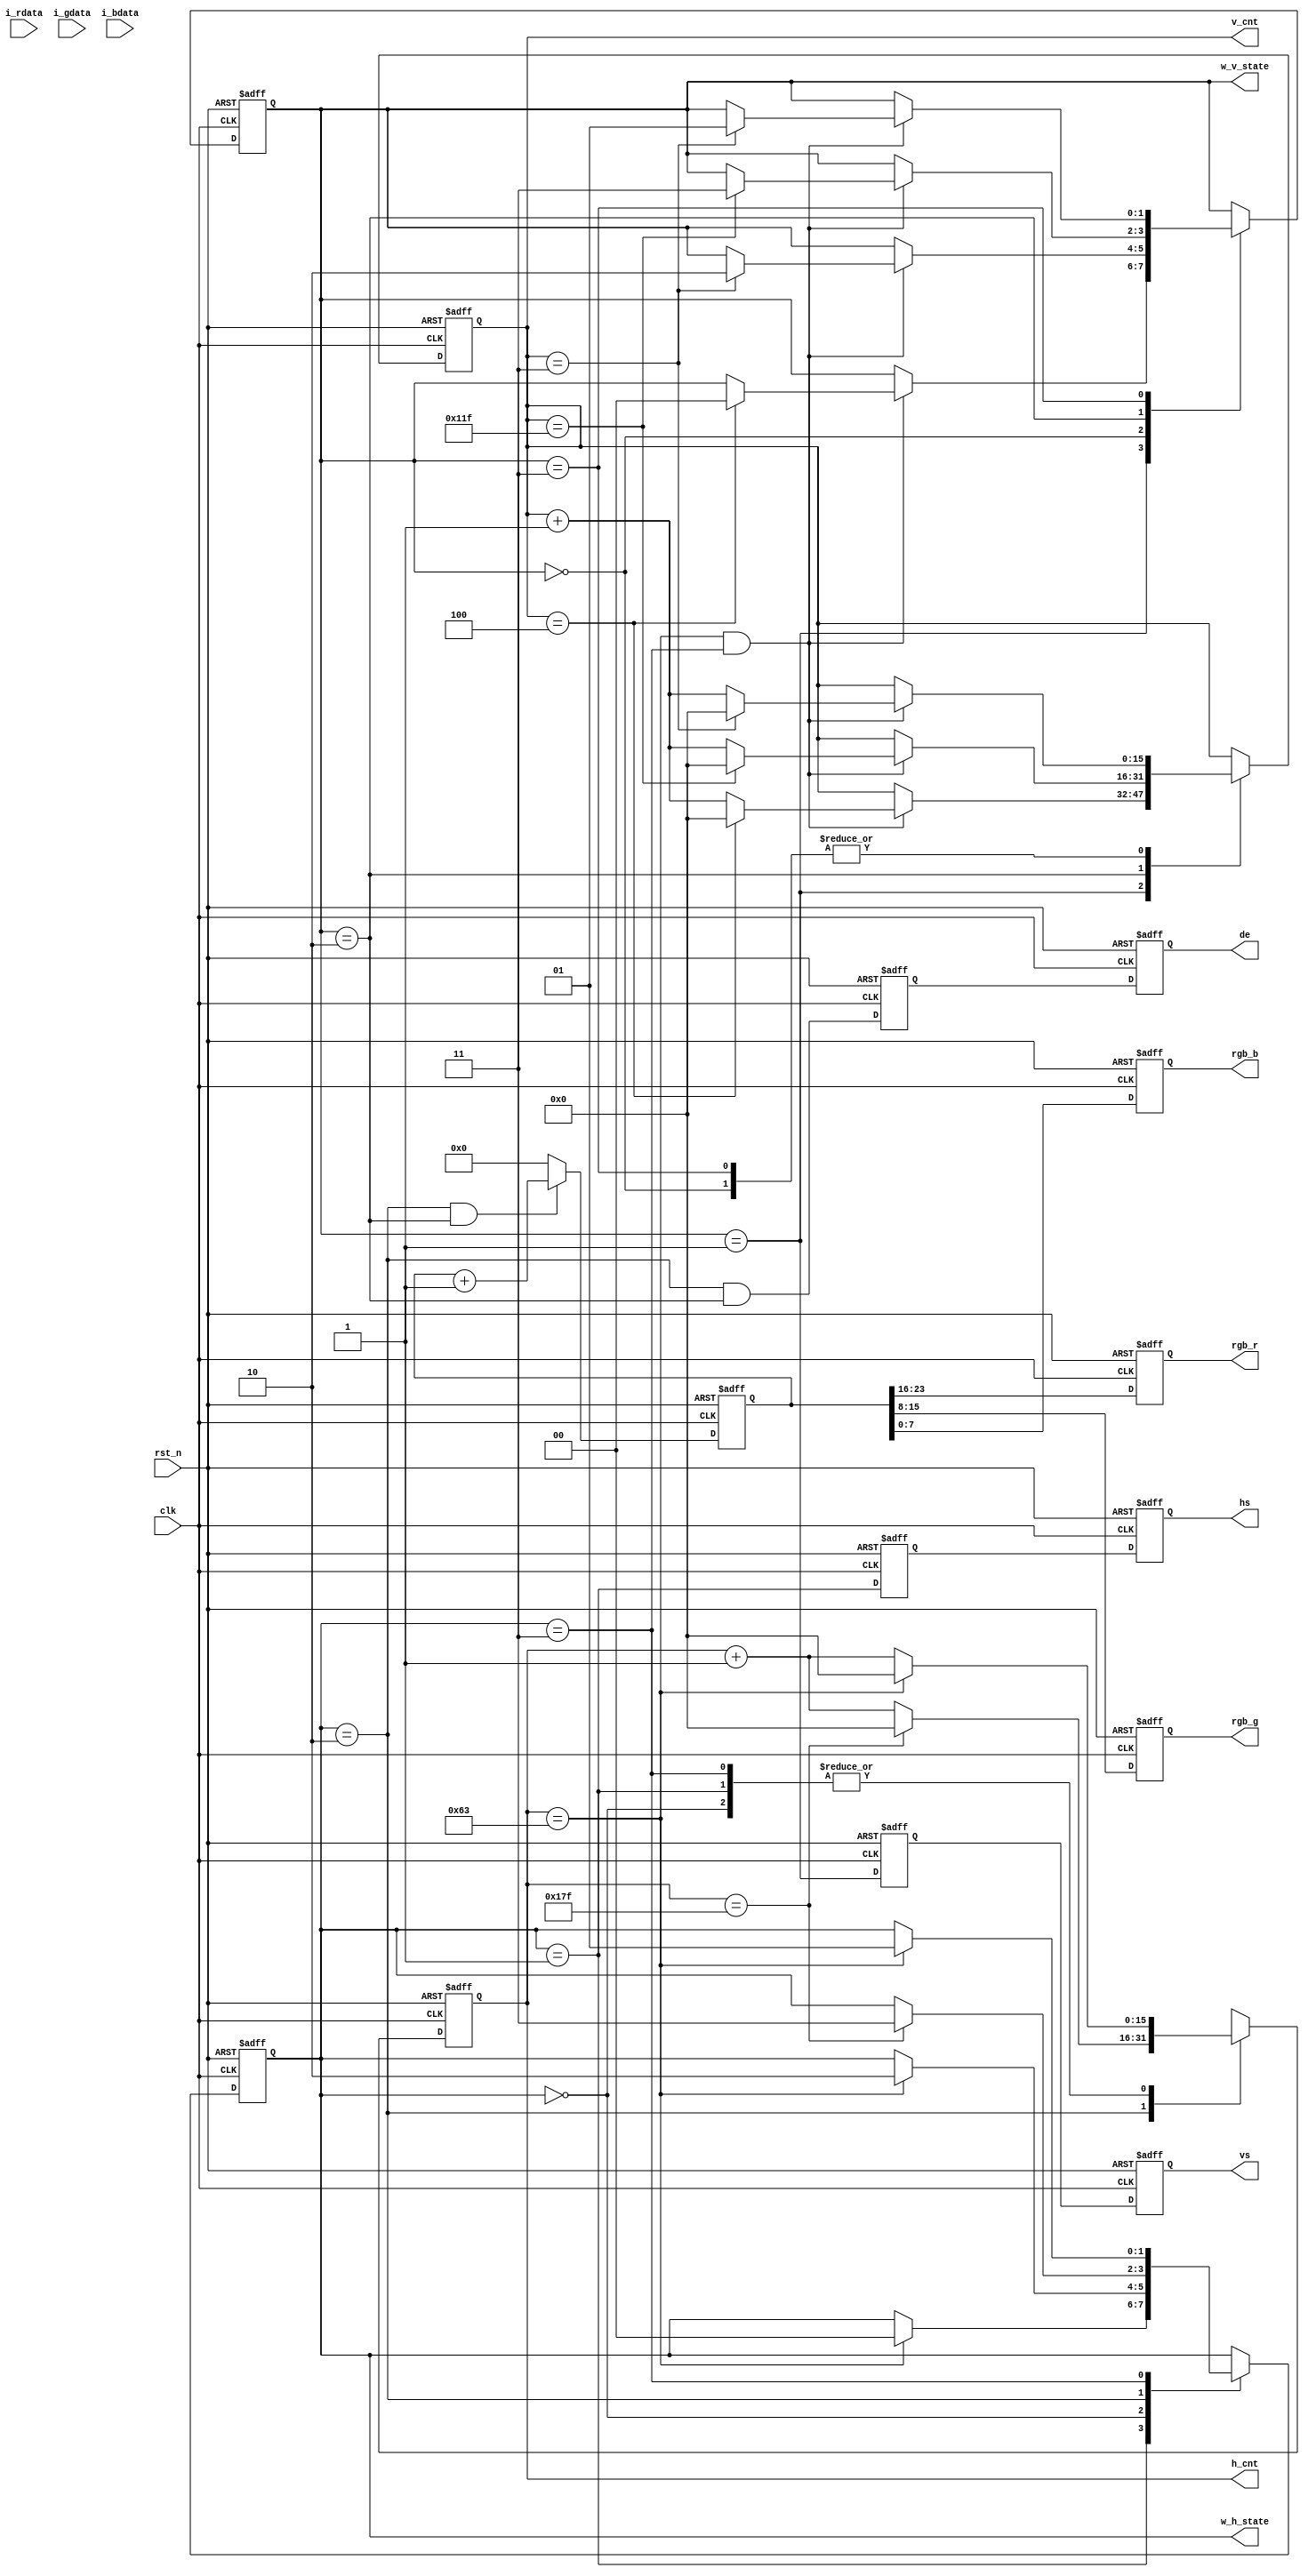

	module color_bar_rgb #(
			parameter HS_POLORY =1'b1,
			parameter VS_POLORY = 1'b1,
			parameter NUM_OF_PIXERS_PER_CLOCK = 2'b01,
			parameter H_FRONT_PORCH 	= 13'd100,
			parameter H_SYNC 			= 13'd100,
			parameter H_VALID 			= 13'd384,
			parameter H_BACK_PORCH 		= 13'd100,
			parameter V_FRONT_PORCH 	= 13'd4,
			parameter V_SYNC 			= 13'd5,
			parameter V_VALID 			= 13'd288,
			parameter V_BACK_PORCH 		= 13'd4,
			parameter TEST_MODE 		= 2'd0
	)(
	input		wire			clk,
	input 		wire 			rst_n,
	//`ifdef TEST_MODE == 2'b11
	input  wire [7:0]           i_rdata,
	input  wire [7:0] 			i_gdata,
	input  wire [7:0] 			i_bdata,
	//`endif
	output 	reg	[15:0] h_cnt = 0,
	output  reg	[15:0] v_cnt = 0,
	output	reg					hs = 0,
	output	reg					vs  = 0,
	output	reg					de = 1'b0,
	output wire [1:0]     		w_h_state,
	output wire [1:0] 			w_v_state,
	output	reg [7:0] 			rgb_r = 8'd0,    //
	output	reg [7:0] 			rgb_g = 8'd0,    //
	output 	reg [7:0] 			rgb_b = 8'd0     //
	
	);


//=========================================================
//
//=========================================================
	localparam WHITE_R 		= 8'hff;
	localparam WHITE_G 		= 8'hff;
	localparam WHITE_B 		= 8'hff;
	localparam YELLOW_R 	= 8'hff;
	localparam YELLOW_G 	= 8'hff;
	localparam YELLOW_B 	= 8'h00;                              	
	localparam CYAN_R 		= 8'h00;
	localparam CYAN_G 		= 8'hff;
	localparam CYAN_B 		= 8'hff;                             	
	localparam GREEN_R 		= 8'h00;
	localparam GREEN_G 		= 8'hff;
	localparam GREEN_B 		= 8'h00;
	localparam MAGENTA_R 	= 8'hff;
	localparam MAGENTA_G 	= 8'h00;
	localparam MAGENTA_B 	= 8'hff;
	localparam RED_R 		= 8'hff;
	localparam RED_G 		= 8'h00;
	localparam RED_B 		= 8'h00;
	localparam BLUE_R 		= 8'h00;
	localparam BLUE_G 		= 8'h00;
	localparam BLUE_B 		= 8'hff;
	localparam BLACK_R 		= 8'h00;
	localparam BLACK_G 		= 8'h00;
	localparam BLACK_B 		= 8'h00;
	
	
	localparam S_H_BACK_PORCH 	= 2'd0;
	localparam S_H_SYNC 		= 2'd1;
	localparam S_H_VALID 		= 2'd2;
	localparam S_H_FRONT_PORCH 	= 2'd3;
	localparam S_V_BACK_PORCH 	= 2'd0;
	localparam S_V_SYNC 		= 2'd1;
	localparam S_V_VALID 		= 2'd2;
	localparam S_V_FRONT_PORCH 	= 2'd3;
	
	reg	[1:0] 	h_state = S_H_SYNC;
	reg	[1:0] 	v_state = S_H_SYNC;
	reg	hs_r1 = 1'b0;
	reg vs_r1 = 1'b0;
	reg	de_r1 = 1'b0;

	assign w_h_state = h_state	;
	assign w_v_state = v_state	;

	always @( posedge clk or negedge rst_n )
	begin
		if( ~rst_n ) begin 
			h_state <= S_H_SYNC;
			h_cnt <= 0;
		end else begin 
			case(h_state )
			S_H_SYNC : begin
					if( h_cnt == H_SYNC - 1) begin
							h_cnt <= 0;
							h_state <= S_H_BACK_PORCH;
					end else 
							h_cnt <= h_cnt + 1'b1;
			end
			S_H_BACK_PORCH : begin

					if( h_cnt == H_BACK_PORCH - 1) begin
							h_cnt <= 0;
							h_state <= S_H_VALID;
					end else 
							h_cnt <= h_cnt + 1'b1;
			end

			S_H_VALID : begin
					if( h_cnt == H_VALID - 1) begin
							h_cnt <= 0;
							h_state <= S_H_FRONT_PORCH;
					end else 
							h_cnt <= h_cnt + 1'b1;
			end
			S_H_FRONT_PORCH : begin
					if( h_cnt == H_FRONT_PORCH - 1) begin
							h_cnt <= 0;
							h_state <= S_H_SYNC;
					end else 
							h_cnt <= h_cnt + 1'b1;
			end
			default: begin
					h_state <= S_H_SYNC;
					h_cnt <= 0;
			end
			endcase
		end 
	end
	
	always @( posedge clk or negedge rst_n  )
	begin
		if( ~rst_n ) begin 
			v_state <= S_V_SYNC;
			v_cnt <= 0;
		end else begin 
			case(v_state )

			S_V_SYNC : begin
					if( h_cnt == H_FRONT_PORCH - 1 && h_state == S_H_FRONT_PORCH ) begin
						if( v_cnt == V_SYNC - 1 ) begin 
							v_cnt <= 0;
							v_state <= S_V_BACK_PORCH;
						end else 
							v_cnt <= v_cnt + 1'b1;
					end
			end
			S_V_BACK_PORCH : begin
					if( h_cnt == H_FRONT_PORCH - 1 && h_state == S_H_FRONT_PORCH ) begin
						if( v_cnt == V_BACK_PORCH - 1 ) begin 
							v_cnt <= 0;
							v_state <= S_V_VALID;
						end else 
							v_cnt <= v_cnt + 1'b1;
					end
			end
			S_V_VALID : begin
					if( h_cnt == H_FRONT_PORCH - 1 && h_state == S_H_FRONT_PORCH ) begin
						if( v_cnt == V_VALID - 1 ) begin 
							v_cnt <= 0;
							v_state <= S_V_FRONT_PORCH;
						end else 
							v_cnt <= v_cnt + 1'b1;
					end
			end
			S_V_FRONT_PORCH : begin
					if( h_cnt == H_FRONT_PORCH - 1 && h_state == S_H_FRONT_PORCH ) begin
						if( v_cnt == V_FRONT_PORCH - 1 ) begin 
							v_cnt <= 0;
							v_state <= S_V_SYNC;
						end else 
							v_cnt <= v_cnt + 1'b1;
					end
			end
			default: begin
					v_state <= S_V_SYNC;
					v_cnt <= 0;
			end
			endcase
		end 
	end
	reg [23:0] data = 24'd0;

	generate
	    if(TEST_MODE  == 2'b00 ) begin : V_MIRROR_P//===========================================================
	    	always@(posedge clk or negedge  rst_n)
			begin
				if(~rst_n)
					data <= 'd0;
				else if( h_state == S_H_VALID && v_state == S_V_VALID )
					data <= data + 1'b1; 
				else
					data <= 'd0;
			end
		end else if( TEST_MODE == 2'b01 )begin : Clor //===============================================================
			wire pos_vs;
			assign pos_vs = {vs,vs_r1} == 2'b01 ;
			reg [5:0] frame_cnt = 6'd0;
			reg [23:0] data_buf = 24'd0;
			reg [2:0] color_state = 2'b00;
			always @( posedge clk or negedge rst_n )
			begin 
				if( ~rst_n )
					frame_cnt <= 0;
				else if( pos_vs )
					frame_cnt <= frame_cnt + 1'b1;
			end
			//EBU  
			always @( posedge clk )
			begin 
				case( color_state )
				3'b000 :  begin 

					data_buf <= {WHITE_R,WHITE_G,WHITE_B};
					if( &frame_cnt & pos_vs )
						color_state <= 3'b001;
				end 

				3'b001 :  begin 
						data_buf <= {YELLOW_R,YELLOW_G,YELLOW_B};
						if( &frame_cnt & pos_vs )
							color_state <= 3'b010;
				end

				3'b010 :  begin 
						data_buf <= {CYAN_R,CYAN_G,CYAN_B};
					if( &frame_cnt & pos_vs )
							color_state <= 3'b011;
				end

				3'b011 :  begin 
						data_buf <= {GREEN_R,GREEN_G,GREEN_B};


						if( &frame_cnt & pos_vs )
							color_state <= 3'b100;
				 end
				 3'b100 : begin 
						data_buf <= {MAGENTA_R,MAGENTA_G,MAGENTA_B};
						if( &frame_cnt & pos_vs )
							color_state <= 3'b101;
				 end 
				 3'b101: begin 
						data_buf <= {RED_R,RED_G,RED_B};  


						if( &frame_cnt & pos_vs )
							color_state <= 3'b110;
				 end
				 3'b110: begin 
						data_buf <= {BLUE_R,BLUE_G,BLUE_B};
						if( &frame_cnt & pos_vs )
							color_state <= 3'b111;
				 end
				 3'b111:begin 
						data_buf <= {BLACK_R,BLACK_G,BLACK_B};
						if( &frame_cnt & pos_vs )
							color_state <= 3'b000;
				 end 

				default:;
				endcase // color_state
			end

			always@(posedge clk or negedge  rst_n)
			begin
				if(~rst_n) begin
						data <= 0;
					end
				else if(h_state == S_H_VALID && v_state == S_V_VALID) 
						data <= data_buf ;
				else 	
						data <= 'd0;
			end

		end else if( TEST_MODE == 2'b10 )begin : ColorBar//===============================================================
			always@(posedge clk or negedge  rst_n)
			begin
				if(~rst_n) begin
						data <= 0;
				end else if(h_state == S_H_VALID ) begin
					if( h_cnt <H_VALID/8) 
						data <=  {WHITE_R,WHITE_G,WHITE_B};
					else if( h_cnt <H_VALID/8*2)
						data <= {YELLOW_R,YELLOW_G,YELLOW_B};
					else if( h_cnt <H_VALID/8*3)
						data <= {CYAN_R,CYAN_G,CYAN_B};
					else if(h_cnt <H_VALID/8*4)
						data <= {GREEN_R,GREEN_G,GREEN_B};
					else if(h_cnt <H_VALID/8*5)
						data <= {MAGENTA_R,MAGENTA_G,MAGENTA_B};
					else if(h_cnt <H_VALID/8*6)
						data <= {RED_R,RED_G,RED_B}; 
					else if(h_cnt <H_VALID/8*7)
						data <= {BLUE_R,BLUE_G,BLUE_B};
					else 
						data <= {BLACK_R,BLACK_G,BLACK_B};
				end else 
						data <= 'd0;	
			end 

		end else begin //=======================================================================================
			always@( posedge clk or negedge rst_n )
			begin 
				if( !rst_n ) begin
					data <= 'd0 ;
				end else begin
					data <= {i_rdata,i_gdata,i_bdata} ;
				end 
			end
		end //==================================================================================================
	endgenerate 
	
	
	always @( posedge clk or negedge rst_n )
	begin
		if( !rst_n ) begin
			rgb_r <= 'd0;//rgb_r_reg;
	       	rgb_g <= 'd0;//rgb_g_reg; 
	       	rgb_b <= 'd0;//rgb_b_reg;  
		end else begin
	       	rgb_r <= data[23:16];//rgb_r_reg;
	       	rgb_g <= data[15:8];//rgb_g_reg; 
	       	rgb_b <= data[7:0];//rgb_b_reg;  
		end 
	end

	
	always @( posedge clk or negedge rst_n )
	begin
		if( !rst_n ) begin
			de_r1 <= 'd0;
			de 	  <= 'd0;
		end else begin
			de_r1 <= (h_state == S_H_VALID & v_state == S_V_VALID );
			de    <= de_r1;
		end 
	end
	always @( posedge clk or negedge rst_n )
	begin
		if( !rst_n ) begin
			vs_r1 <= 'd0;
			vs 	  <= 'd0;
		end else begin
			vs_r1 <= (VS_POLORY == 1'b1) ? (v_state == S_V_SYNC) : ~(v_state == S_V_SYNC );
			vs    <= vs_r1;
		end 
	end
	
	always @( posedge clk or negedge rst_n)
	begin
		if( !rst_n ) begin
			hs_r1 <= 'd0;
			hs 	  <= 'd0;
		end else begin
			hs_r1 <= (HS_POLORY == 1'b1) ? (h_state == S_H_SYNC) : ~(h_state == S_H_SYNC);
			hs    <= hs_r1;
		end 
	end
	
	
	endmodule